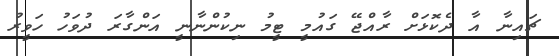
ޗައިނާ އާ ދެކޮޅަށް ރާއްޖޭ ގައުމީ ޓީމު ނިކުންނާނީ އަންގާރަ ދުވަހު ހަވީރު